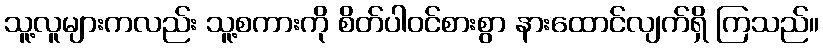
သူ့လူများကလည်း သူ့စကားကို စိတ်ပါဝင်စားစွာ နားထောင်လျက်ရှိ ကြသည်။